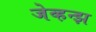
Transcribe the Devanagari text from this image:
जेव्हन्झ